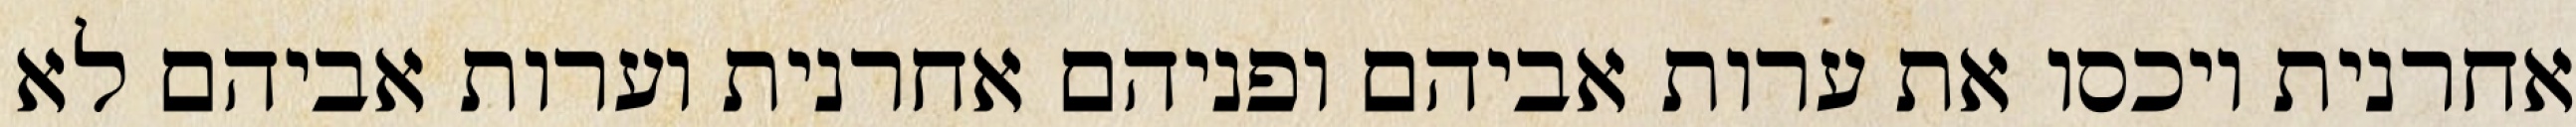
אחרנית ויכסו את ערות אביהם ופניהם אחרנית וערות אביהם לא